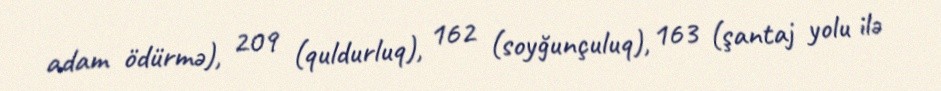
adam ödürmə), 209 (quldurluq), 162 (soyğunçuluq), 163 (şantaj yolu ilə